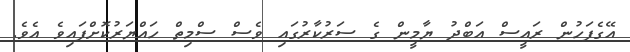
އޭގެފަހުން ރައީސް އަބްދު ޔާމީން ގެ ސަރުކާރުގައި ވެސް ސްމިތް ހައްޔަރުކޮށްފައިވެ އެވެ.